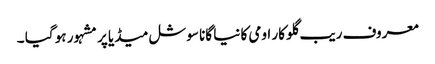
معروف ریب گلو کار اومی کا نیا گانا سوشل میڈیا پر مشہور ہو گیا ۔